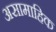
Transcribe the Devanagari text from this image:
असामाहिक